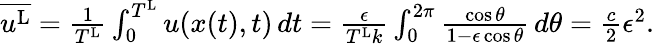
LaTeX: \begin{array}{r}{\overline{{u^{\textnormal{L}}}}=\frac{1}{T^{\textnormal{L}}}\int_{0}^{T^{\textnormal{L}}}u(x(t),t)\, dt=\frac{\epsilon}{T^{\textnormal{L}}k}\int_{0}^{2\pi}\frac{\cos\theta}{1-\epsilon\cos\theta}\, d\theta=\frac{c}{2}\epsilon^{2}.}\end{array}